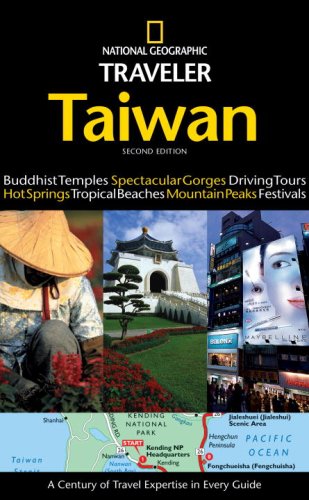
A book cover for National Geographic Traveler: Taiwan 2nd Edition; Phil Macdonald; Travel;